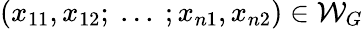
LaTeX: (x_{11},x_{12};~...~;x_{n1},x_{n2})\in\mathcal{W}_{G}